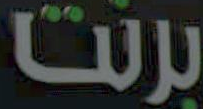
برنت